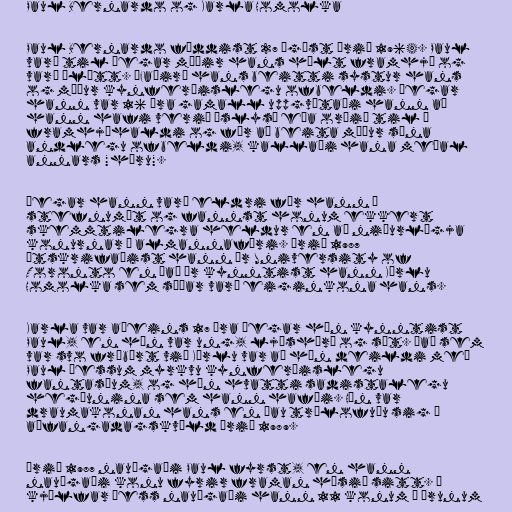
Paul Bernardo og Karla Homolka

Paul Bernardo fæddist 27 ágúst árið 1964. Paul
varð til þegar móðir hans hélt framhjá og
varð ólétt. “Faðir” hans beitti systur hans
og móður kynferðislegu ofbeldi. Þegar
hann var 16 ára gamall uppgvötaði hann að
hann hafi verið “slys” eða orðið til í
framhjáhaldi og fór að beita móður sína
andlegu ofbeldi, kallaði hana meðal
annars "hóru".

Þegar hann varð eldri fór hann á
stefnumót og fannst honum ekkert
skemmtilegra heldur en að niðurlægja
konurnar á almannafæri. Árið 1987
útskrifaðist hann úr University of
Toronto en það ár kynntist hann Körlu
Homolka sem síðar varð eiginkona hans.

Karla var aðeins 17 ára þegar hún kynntist
Paul, en hún var ung, ljóshærð og sæt. Það sem
var svo frábært við Körlu var að hún deildi með
Paul þessum myrkvu kynferðislegu
fantasíum, og hún hvatti sadistalegu
hegðunina sem hann hafði. Hún var
draumakonan hans en þau trúlofuðu sig á
aðfangadagskvöld árið 1989.

Árið 1987 nauðgaði Paul fyrst, en hann
nauðgaði konu fyrir framan húsið sitt. Í
kjölfar þess nauðgaði hann 11 konum á árunum